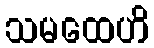
သမထေဟိ